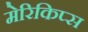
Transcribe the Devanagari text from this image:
मेरिकिप्स